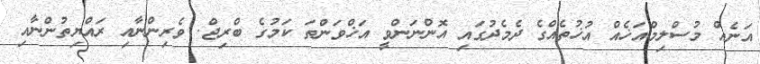
އަނެއް މުސްލިމްއަޚެއް އުޚުތެއްގެ ދެމެދުގައި އޮންނަންވީ އަޚްވަންތަ ކަމުގެ ބްރިޖް. ވެރިންނާއި ރައްޔިތުންނާއި